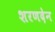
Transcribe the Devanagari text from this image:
शरणदेन